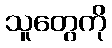
သူတွေကို